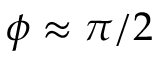
\phi \approx \pi / 2